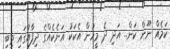
ކަމެއް ނޫން ކަން.. އަދި ދެ މީހުން އެކަކު އަނެކެއްގެ ދިފާއުގައި ތިބި